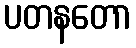
ပတနတော